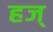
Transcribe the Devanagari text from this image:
हज्